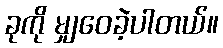
ခုကို မျှဝေခဲ့ပါတယ်။